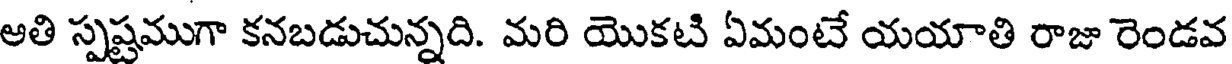
అతి స్పష్టముగా కనబడుచున్నది. మరి యొకటి ఏమంటే యయాతి రాజు రెండవ